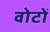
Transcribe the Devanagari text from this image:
वोटोँ